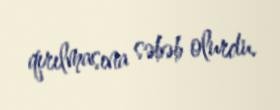
qırılmasına səbəb olurdu.